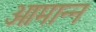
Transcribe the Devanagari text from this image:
आमान्न